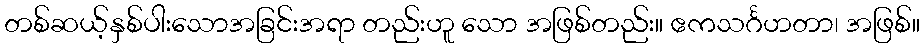
တစ်ဆယ့်နှစ်ပါးသောအခြင်းအရာ တည်းဟူ သော အဖြစ်တည်း။ ဧကသင်္ဂဟတာ၊ အဖြစ်။